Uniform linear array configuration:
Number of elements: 4
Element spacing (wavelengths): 1
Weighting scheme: uniform
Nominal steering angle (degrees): -45
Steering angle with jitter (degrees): -43.24
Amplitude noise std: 0.05
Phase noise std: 0.05

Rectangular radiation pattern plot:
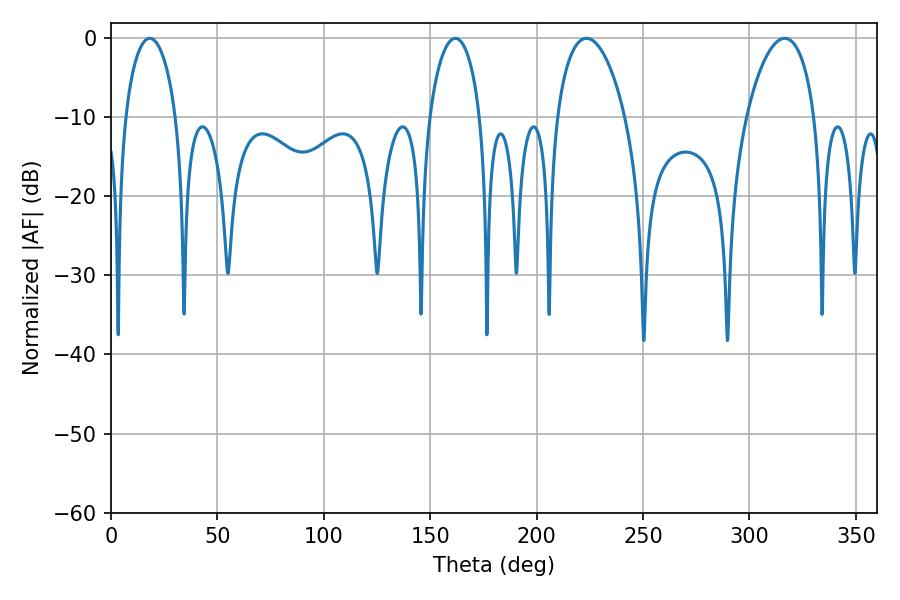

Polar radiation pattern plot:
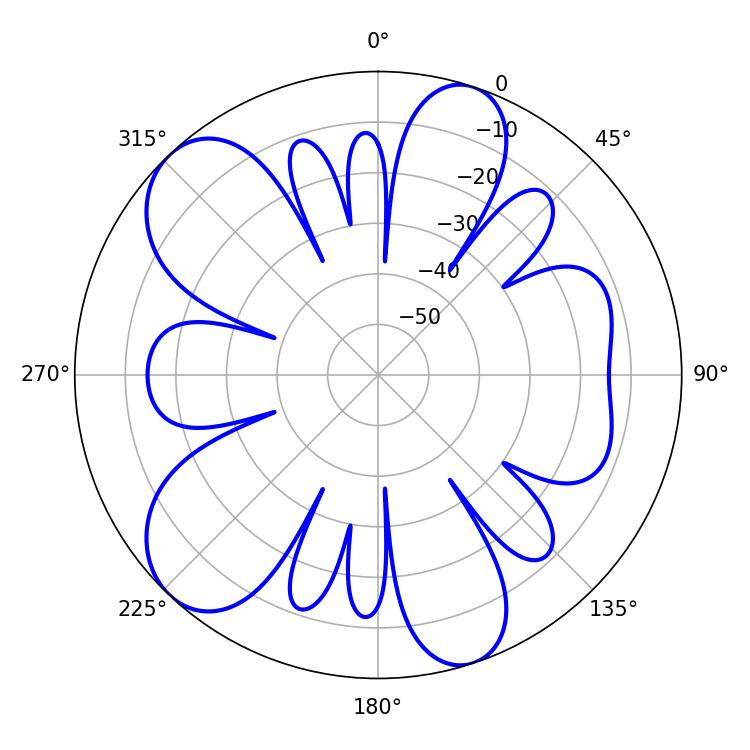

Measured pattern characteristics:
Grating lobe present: TRUE
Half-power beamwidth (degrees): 13.68
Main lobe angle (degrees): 161.82